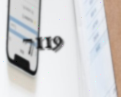
7119